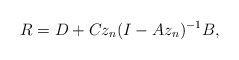
\begin{align*} R=D+Cz_n(I-Az_n)^{-1}B,\end{align*}